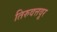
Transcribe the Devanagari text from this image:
तिरुवत्तवूर